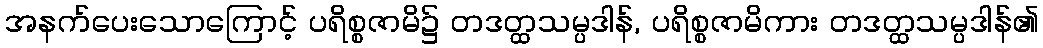
အနက်ပေးသောကြောင့် ပရိစ္စဇာမိ၌ တဒတ္ထသမ္ပဒါန်, ပရိစ္စဇာမိကား တဒတ္ထသမ္ပဒါန်၏